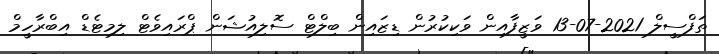
ތަފްސީލް 2021-07-13 ވަޒީފާއިން ވަކިކުރުން ޑިޒައިން ބިލްޓް ސޮލިއުޝަން ޕްރައިވެޓް ލިމިޓެޑް އިބްރާހީމް